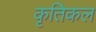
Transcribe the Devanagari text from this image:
कृतिकल